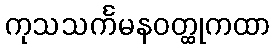
ကုသသင်္ကမနဝတ္ထုကထာ